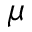
\mu